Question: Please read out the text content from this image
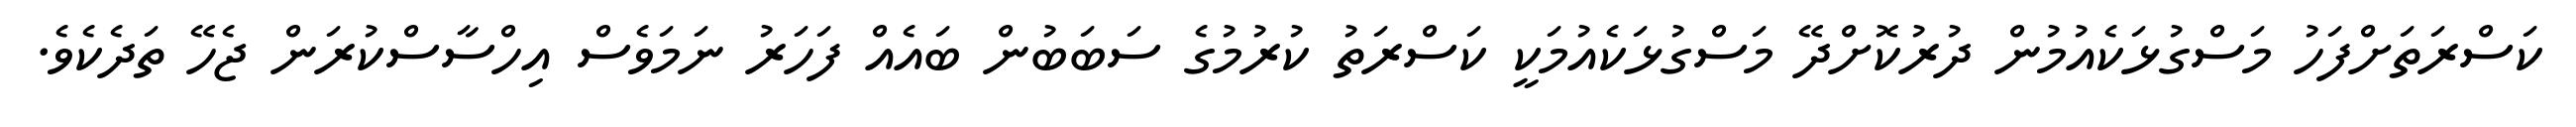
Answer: ކަސްރަތަށްފަހު މަސްގުޅަކެއުމުން ދުރުކޮށްދޭ މަސްގުޅަކެއުމަކީ ކަސްރަތު ކުރުމުގެ ސަބަބުން ބައެއް ފަހަރު ނަމަވެސް އިހްސާސްކުރަން ޖެހޭ ތަދެކެވެ.